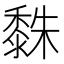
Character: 𪏿